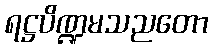
ရဋ္ဌပိဏ္ဍမသညတော